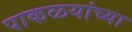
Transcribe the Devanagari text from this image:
पाकळयांच्या